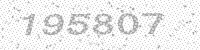
Solution: 195807